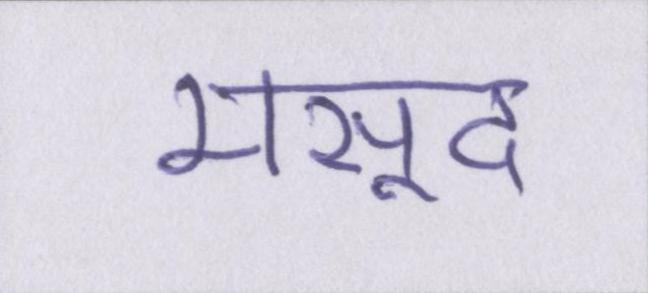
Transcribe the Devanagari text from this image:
मसूद